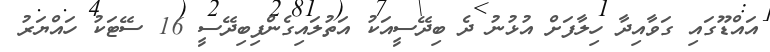
އައްޑޫގައި ގަވާއިދާ ހިލާފަށް އުޅުނު ދެ ބިދޭސީއަކު އަތުލައިގެންފިބިދޭސީ 16 ސޭޓަކު ހައްޔަރު